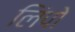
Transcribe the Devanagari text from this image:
लिंपो